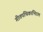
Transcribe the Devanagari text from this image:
गीतपथिकाभिराम